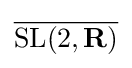
{\overline {{\mbox{SL}}(2,\mathbf {R} )}}